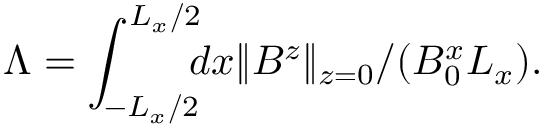
\Lambda = \int _ { - L _ { x } / 2 } ^ { L _ { x } / 2 } \! \! \! d x \| B ^ { z } \| _ { z = 0 } / ( B _ { 0 } ^ { x } L _ { x } ) .